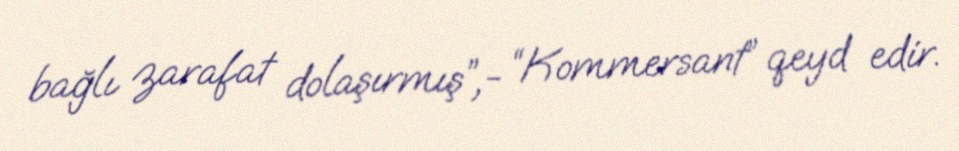
bağlı zarafat dolaşırmış”,- “Kommersant” qeyd edir.